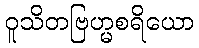
ဝူသိတဗြဟ္မစရိယော